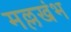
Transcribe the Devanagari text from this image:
मल्लखंभ